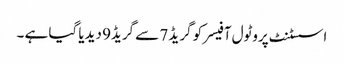
اسسٹنٹ پروٹول آفیسرکو گریڈ 7 سے گریڈ9 دیدیا گیا ہے ۔